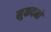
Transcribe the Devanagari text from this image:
मुकदमो